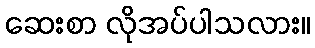
ဆေးစာ လိုအပ်ပါသလား။